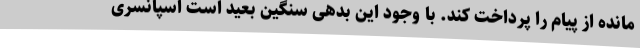
مانده از پیام را پرداخت کند. با وجود این بدهی سنگین بعید است اسپانسری